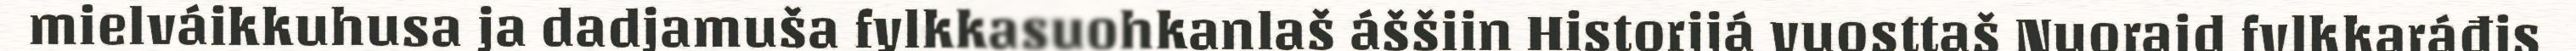
mielváikkuhusa ja dadjamuša fylkkasuohkanlaš áššiin Historjjá vuosttaš Nuoraid fylkkaráđis